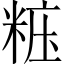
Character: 𥺁